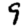
Digit: 9